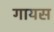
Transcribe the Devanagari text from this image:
गायस